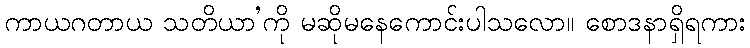
ကာယဂတာယ သတိယာ’ကို မဆိုမနေကောင်းပါသလော။ စောဒနာရှိရကား